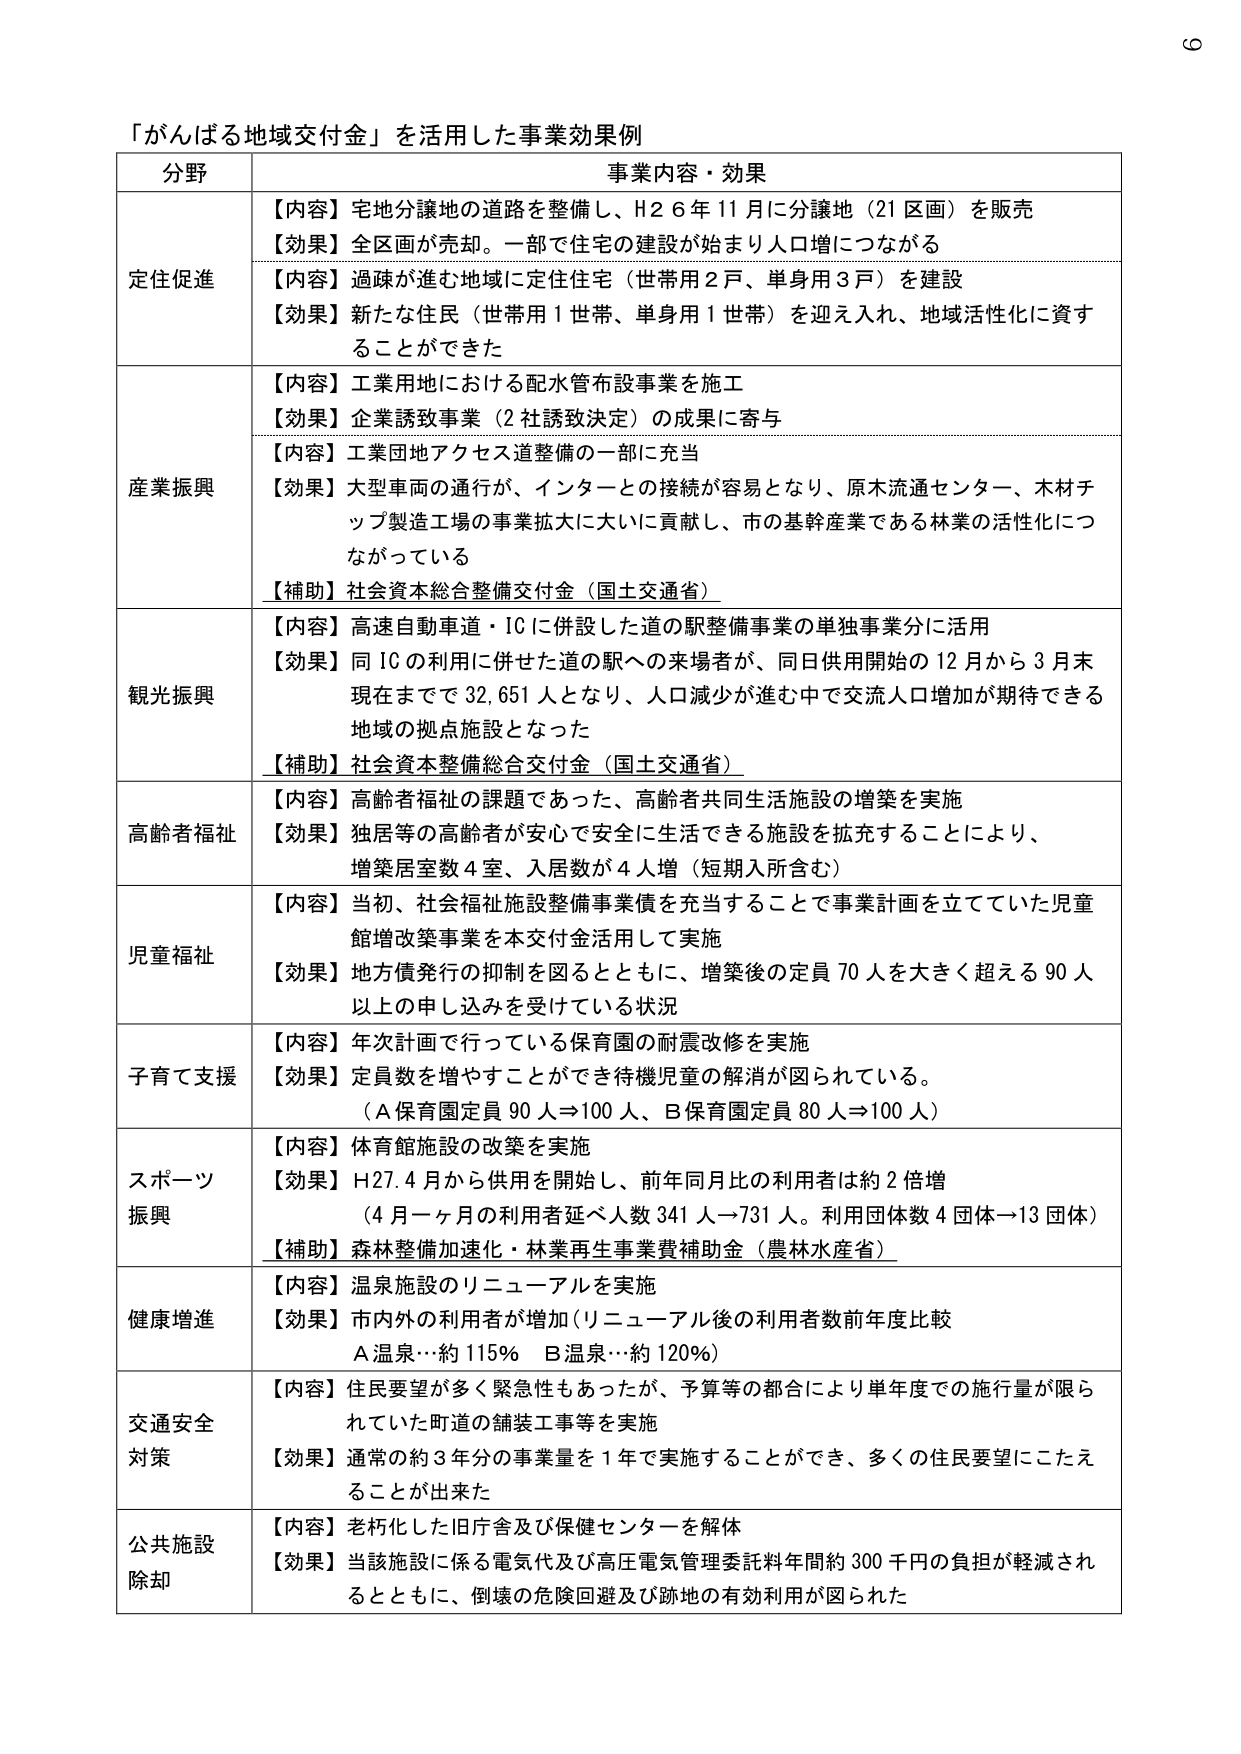
「がんばる地域交付金」を活用した事業効果例

分野 事業内容・効果

定住促進
【内容】宅地分譲地の道路を整備し、H26年11月に分譲地（21区画）を販売
【効果】全区画が売却。一部で住宅の建設が始まり人口増につながる

【内容】過疎が進む地域に定住住宅（世帯用2戸、単身用3戸）を建設
【効果】新たな住民（世帯用1世帯、単身用1世帯）を迎え入れ、地域活性化に資することができた

産業振興
【内容】工業用地における配水管布設事業を施工
【効果】企業誘致事業（2社誘致決定）の成果に寄与

【内容】工業団地アクセス道整備の一部に充当
【効果】大型車両の通行が、インターとの接続が容易となり、原木流通センター、木材チップ製造工場の事業拡大に大いに貢献し、市の基幹産業である林業の活性化につながっている
【補助】社会資本総合整備交付金（国土交通省）

観光振興
【内容】高速自動車道・ICに併設した道の駅整備事業の単独事業分に活用
【効果】同ICの利用に併せた道の駅への来場者が、同日供用開始の12月から3月末現在までで32,651人となり、人口減少が進む中で交流人口増加が期待できる地域の拠点施設となった
【補助】社会資本整備総合交付金（国土交通省）

高齢者福祉
【内容】高齢者福祉の課題であった、高齢者共同生活施設の増築を実施
【効果】独居等の高齢者が安心で安全に生活できる施設を拡充することにより、増築居室数4室、入居数が4人増（短期入所含む）

児童福祉
【内容】当初、社会福祉施設整備事業債を充当することで事業計画を立てていた児童館増改築事業を本交付金活用して実施
【効果】地方債発行の抑制を図るとともに、増築後の定員70人を大きく超える90人以上の申し込みを受けている状況

子育て支援
【内容】年次計画で行っている保育園の耐震改修を実施
【効果】定員数を増やすことができ待機児童の解消が図られている。
（A保育園定員90人⇒100人、B保育園定員80人⇒100人）

スポーツ振興
【内容】体育館施設の改築を実施
【効果】H27.4月から供用を開始し、前年同月比の利用者は約2倍増
（4月～7月の利用者延べ人数341人→731人。利用団体数4団体→13団体）
【補助】森林整備加速化・林業再生事業費補助金（農林水産省）

健康増進
【内容】温泉施設のリニューアルを実施
【効果】市内外の利用者が増加（リニューアル後の利用者数前年度比較
A温泉…約115%　B温泉…約120%）

交通安全対策
【内容】住民要望が多く緊急性もあったが、予算等の都合により単年度での施行量が限られていた町道の舗装工事等を実施
【効果】通常の約3年分の事業量を1年で実施することができ、多くの住民要望にこたえることが出来た

公共施設除却
【内容】老朽化した旧庁舎及び保健センターを解体
【効果】当該施設に係る電気代及び高圧電気管理委託料年間約300千円の負担が軽減されるとともに、倒壊の危険回避及び跡地の有効利用が図られた